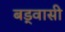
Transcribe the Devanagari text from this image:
बड्वासी